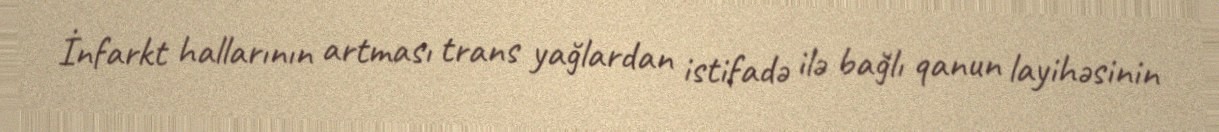
İnfarkt hallarının artması trans yağlardan istifadə ilə bağlı qanun layihəsinin